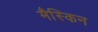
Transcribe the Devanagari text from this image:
मैस्किन